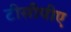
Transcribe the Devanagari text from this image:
टीसीपीए